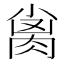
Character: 𰮨